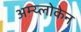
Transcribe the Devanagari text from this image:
अम्य्लोकेन